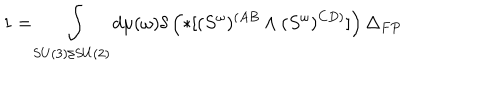
1 = \int _ { S U ( 3 ) / S U ( 2 ) } d \mu ( \omega ) \delta \left( * [ ( S ^ { \omega } ) ^ { ( A B } \wedge ( S ^ { \omega } ) ^ { C D ) } ] \right) \Delta _ { F P }